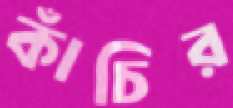
কাঁচির